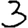
Digit: 3